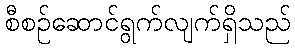
စီစဉ်ဆောင်ရွက်လျက်ရှိသည်